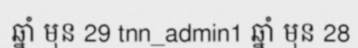
ឆ្នាំ មុន 29 tnn_admin1 ឆ្នាំ មុន 28